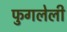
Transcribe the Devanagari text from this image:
फुगलेली